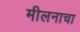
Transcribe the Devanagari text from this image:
मीलनाचा